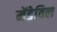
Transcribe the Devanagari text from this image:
मेंडेविल